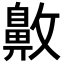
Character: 𪖖